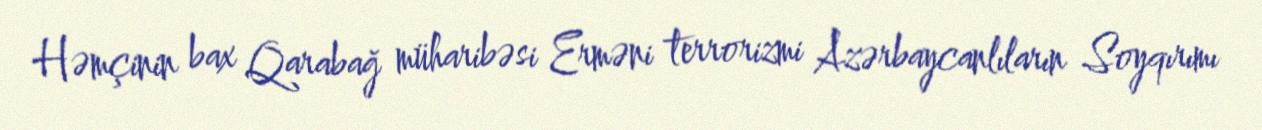
Həmçinin bax Qarabağ müharibəsi Erməni terrorizmi Azərbaycanlıların Soyqırımı